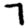
Digit: 7